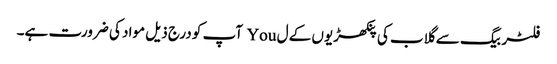
فلٹر بیگ سے گلاب کی پنکھڑیوں کے ل You آپ کو درج ذیل مواد کی ضرورت ہے۔